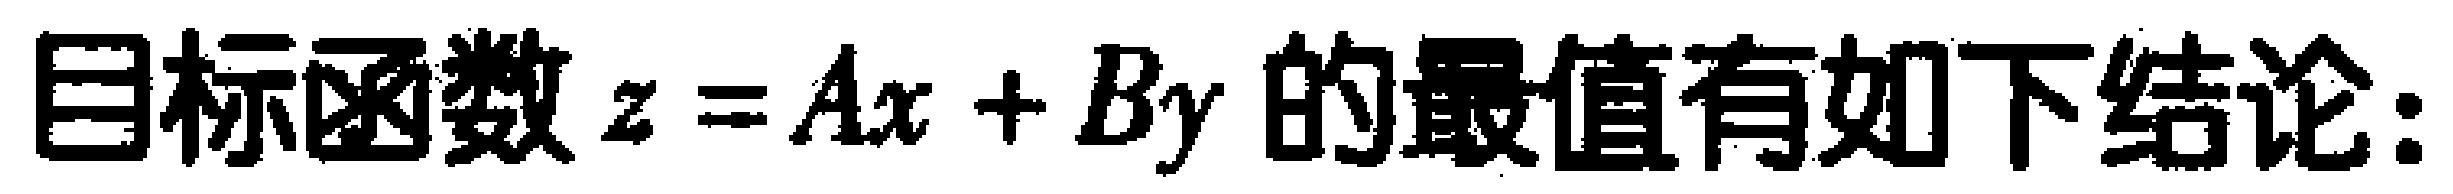
目标函数\(z = Ax + By\)的最值有如下结论：